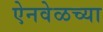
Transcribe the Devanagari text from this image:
ऐनवेळच्या